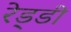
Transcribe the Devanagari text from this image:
रेड्‌डी